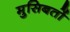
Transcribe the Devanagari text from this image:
मुसिबतों